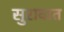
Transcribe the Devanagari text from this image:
सुरावात